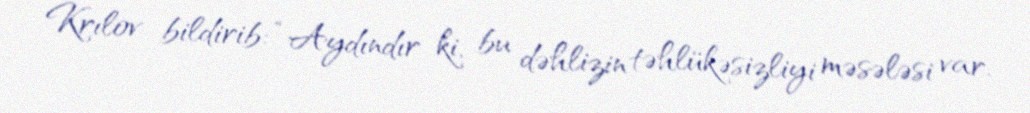
Krılov bildirib: “Aydındır ki, bu dəhlizin təhlükəsizliyi məsələsi var.